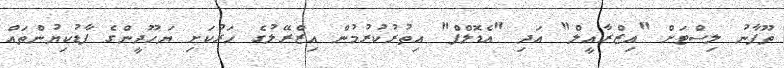
ތޫފާނު ލިސްޓަށް "އިޒްރާއީލް" އަދި "އެޑޮލްފް" އިތުރުކުރުމުން އިޒްރޭލުގެ ހަރުކަށި ޔަހޫދީންގެ ފާޑުކިޔުންތައް